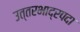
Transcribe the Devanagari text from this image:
उत्तरभाद्रपदा